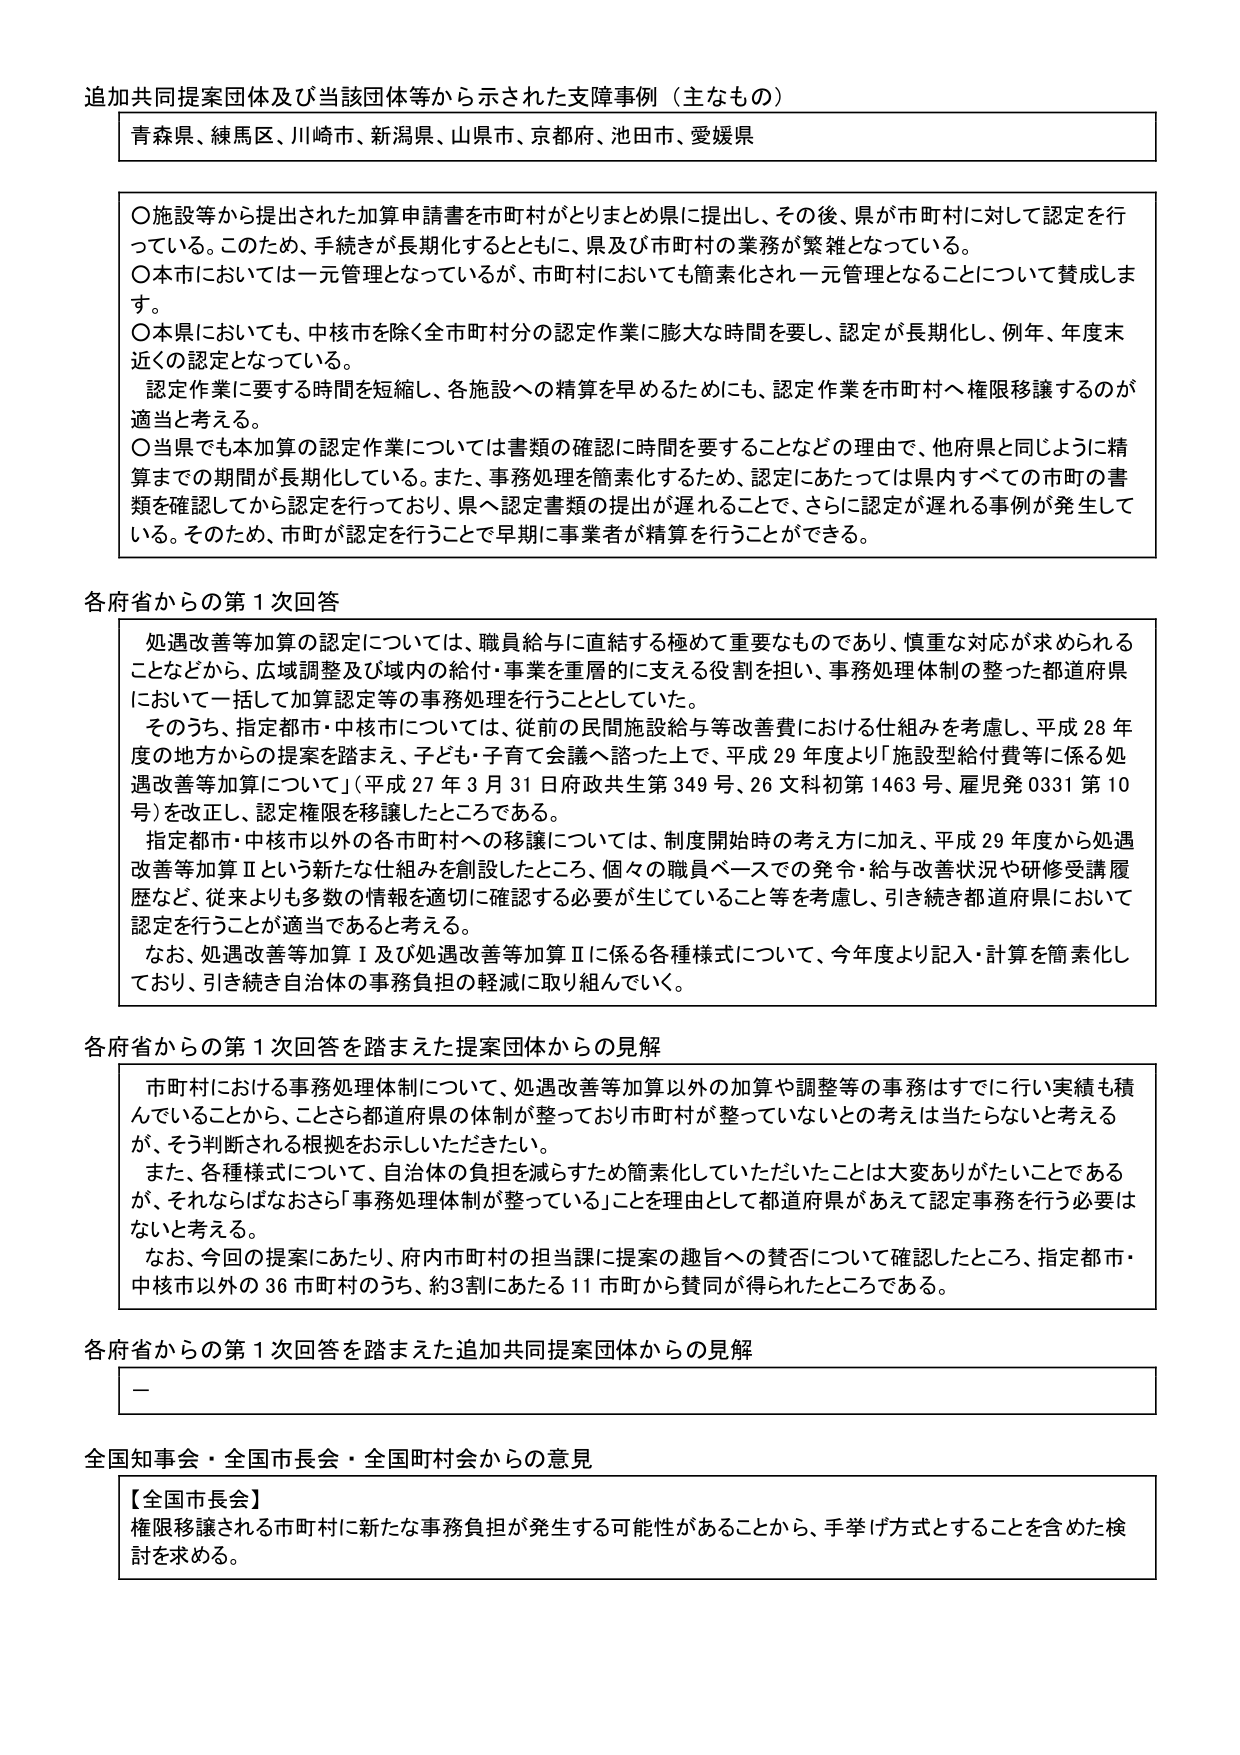
追加共同提案団体及び当該団体等から示された支援事例（主なもの）

青森県、練馬区、川崎市、新潟県、山県市、京都府、池田市、愛媛県

〇施設等から提出された加算申請書を市町村がとりまとめ県に提出し、その後、県が市町村に対して認定を行っている。このため、手続きが長期化するとともに、県及び市町村の業務が繁雑となっている。
〇本市においては一元管理となっているが、市町村においても簡素化され一元管理となることについて賛成します。
〇本県においても、中核市を除く全市町村分の認定作業に膨大な時間を要し、認定が長期化し、例年、年度末近くの認定となっている。
　認定作業に要する時間を短縮し、各施設への精算を早めるためにも、認定作業を市町村へ権限移譲するのが適当と考える。
〇当県でも本加算の認定作業については書類の確認に時間を要することなどの理由で、他府県と同じように精算までの期間が長期化している。また、事務処理を簡素化するため、認定にあたっては県内すべての市町の書類を確認してから認定を行っており、県へ認定書類の提出が遅れるごとで、さらに認定が遅れる事例が発生している。そのため、市町が認定を行うことで早期に事業者が精算を行うことができる。

各府省からの第1次回答

　処遇改善等加算の認定については、職員給与に直結する極めて重要なものであり、慎重な対応が求められることなどから、広域調整及び域内の給付・事業を重層的に支える役割を担い、事務処理体制の整った都道府県において一括して加算認定等の事務処理を行うこととしていた。
　そのうち、指定都市・中核市については、従前の民間施設給与等改善費における仕組みを考慮し、平成28年度の地方からの提案を踏まえ、子ども・子育て会議へ諮った上で、平成29年度より「施設型給付費等に係る処遇改善等加算について」（平成27年3月31日府政共生第349号、26文科初第1463号、雇児発0331第10号）を改正し、認定権限を移譲したところである。
　指定都市・中核市以外の各市町村への移譲については、制度開始時の考え方に加え、平成29年度から処遇改善等加算Ⅱという新たな仕組みを創設したところ、個々の職員ベースでの発令・給与改善状況や研修受講履歴など、従来よりも多数の情報を適切に確認する必要が生じていること等を考慮し、引き続き都道府県において認定を行うことが適当である。
　なお、処遇改善等加算Ⅰ及び処遇改善等加算Ⅱに係る各種様式について、今年度より記入・計算を簡素化しており、引き続き自治体の事務負担の軽減に取り組んでいく。

各府省からの第1次回答を踏まえた提案団体からの見解

　市町村における事務処理体制について、処遇改善等加算以外の加算や調整等の事務はすでに行い実績も積んでいることから、ことさら都道府県の体制が整っており市町村が整っていないとの考えは当たらないと考えるが、そう判断される根拠をお示しいただきたい。
　また、各種様式について、自治体の負担を減らすため簡素化していただいたことは大変ありがたいことであるが、それならばなおさら「事務処理体制が整っている」ことを理由として都道府県があえて認定事務を行う必要はないと考える。
　なお、今回の提案にあたり、府内市町村の担当課に提案の趣旨への賛否について確認したところ、指定都市・中核市以外の36市町村のうち、約3割にあたる11市町から賛同が得られたところである。

各府省からの第1次回答を踏まえた追加共同提案団体からの見解

－

全国知事会・全国市長会・全国町村会からの意見

【全国市長会】
権限移譲される市町村に新たな事務負担が発生する可能性があることから、手挙げ方式とすることを含めた検討を求める。